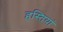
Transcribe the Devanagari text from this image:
हस्‍तियां